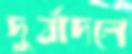
দুর্বাদলে